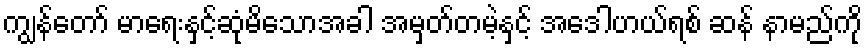
ကျွန်တော် မာရေးနှင့်ဆုံမိသောအခါ အမှတ်တမဲ့နှင့် အေဒါဟယ်ရစ် ဆန် နာမည်ကို